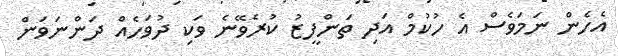
އެހެން ނަމަވެސް އެ ހުކުމް އަދި ތަންފީޒު ކުރެވޭނެ ވަކި ދުވަހެއް ދަންނަވަން